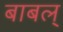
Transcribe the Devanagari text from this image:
बाबल्